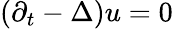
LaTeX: (\partial_{t}-\Delta)u=0